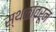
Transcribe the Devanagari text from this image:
स्थळांवरून